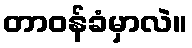
တာဝန်ခံမှာလဲ။